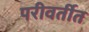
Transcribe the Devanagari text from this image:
परीवर्तीत